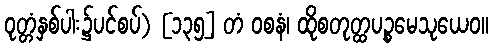
ဝုတ္တံနှစ်ပါး၌ပင်စပ်) [၁၃၅] တံ ဝစနံ၊ ထိုစတုတ္ထပဉ္စမေသုယေဝ။